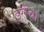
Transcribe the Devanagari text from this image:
इरींचा